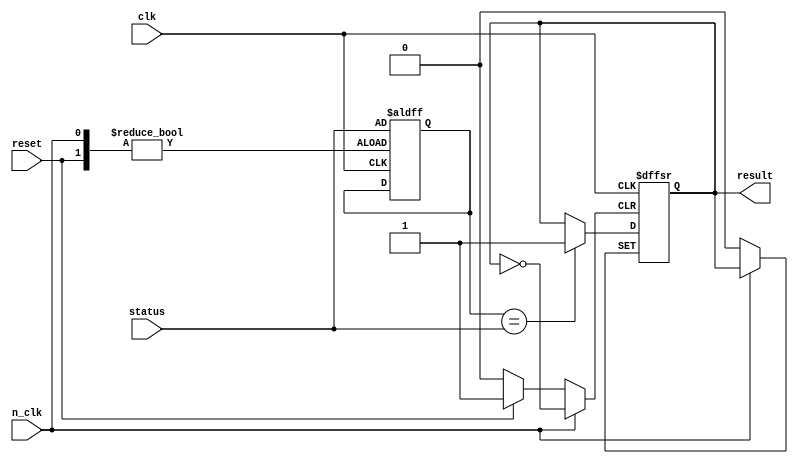
module fixed_point_checker(
    input [0:7] status,
    input clk,
    input n_clk, // negative clock
    input reset,
    output result
);
    
    reg [0:7] prev_status;
    reg temp_rst;

    always @(posedge clk or posedge n_clk or posedge reset) begin
        if (reset) begin // case of reset is 1
            temp_rst <= 1'b0;
            prev_status <= status;
        end else if (n_clk) begin // case of clk is 0 (n_clk is 1)
            prev_status <= status;
        end else begin // case of clk is 1
            if (prev_status == status) begin
                temp_rst <= 1'b1;
            end
        end
    end

    assign result = temp_rst;

endmodule